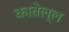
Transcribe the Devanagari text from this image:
कातेल्ल